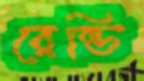
রেন্ডি